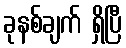
ခုနစ်ချက် ရှိပြီ